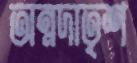
অন্নদাতৃশ